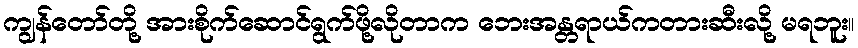
ကျွန်တော်တို့ အားစိုက်ဆောင်ရွက်ဖို့လိုတာက ဘေးအန္တရာယ်ကတားဆီးလို့ မရဘူး။